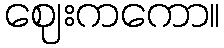
ဈေးကကော။